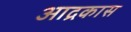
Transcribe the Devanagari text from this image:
आद्रकास